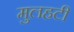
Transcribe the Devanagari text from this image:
मुलहटी